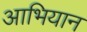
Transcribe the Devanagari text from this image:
आभियान